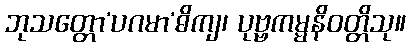
ဘုသတ္တော’ပဂမာ’ဓိကျ၊ ပုဗ္ဗကမ္မနိဝတ္တိသု။